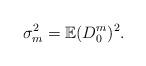
LaTeX: \begin{align*}\sigma_{m}^{2}=\mathbb{E}(D_{0}^{m})^{2}. \end{align*}